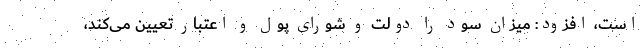
است، افزود:‌ میزان سود را دولت و شورای پول و اعتبار تعیین می‌کند،